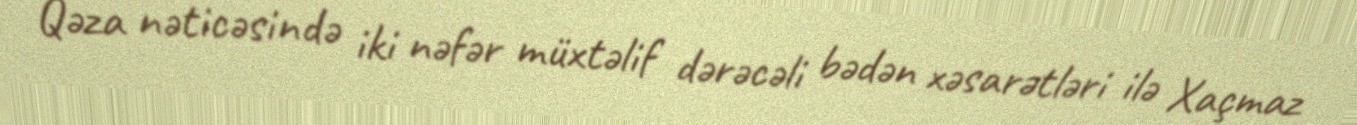
Qəza nəticəsində iki nəfər müxtəlif dərəcəli bədən xəsarətləri ilə Xaçmaz